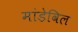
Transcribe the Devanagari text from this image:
मांडेविल